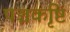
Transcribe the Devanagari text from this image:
पञ्चकृष्टि